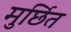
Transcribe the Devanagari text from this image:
मुर्छित